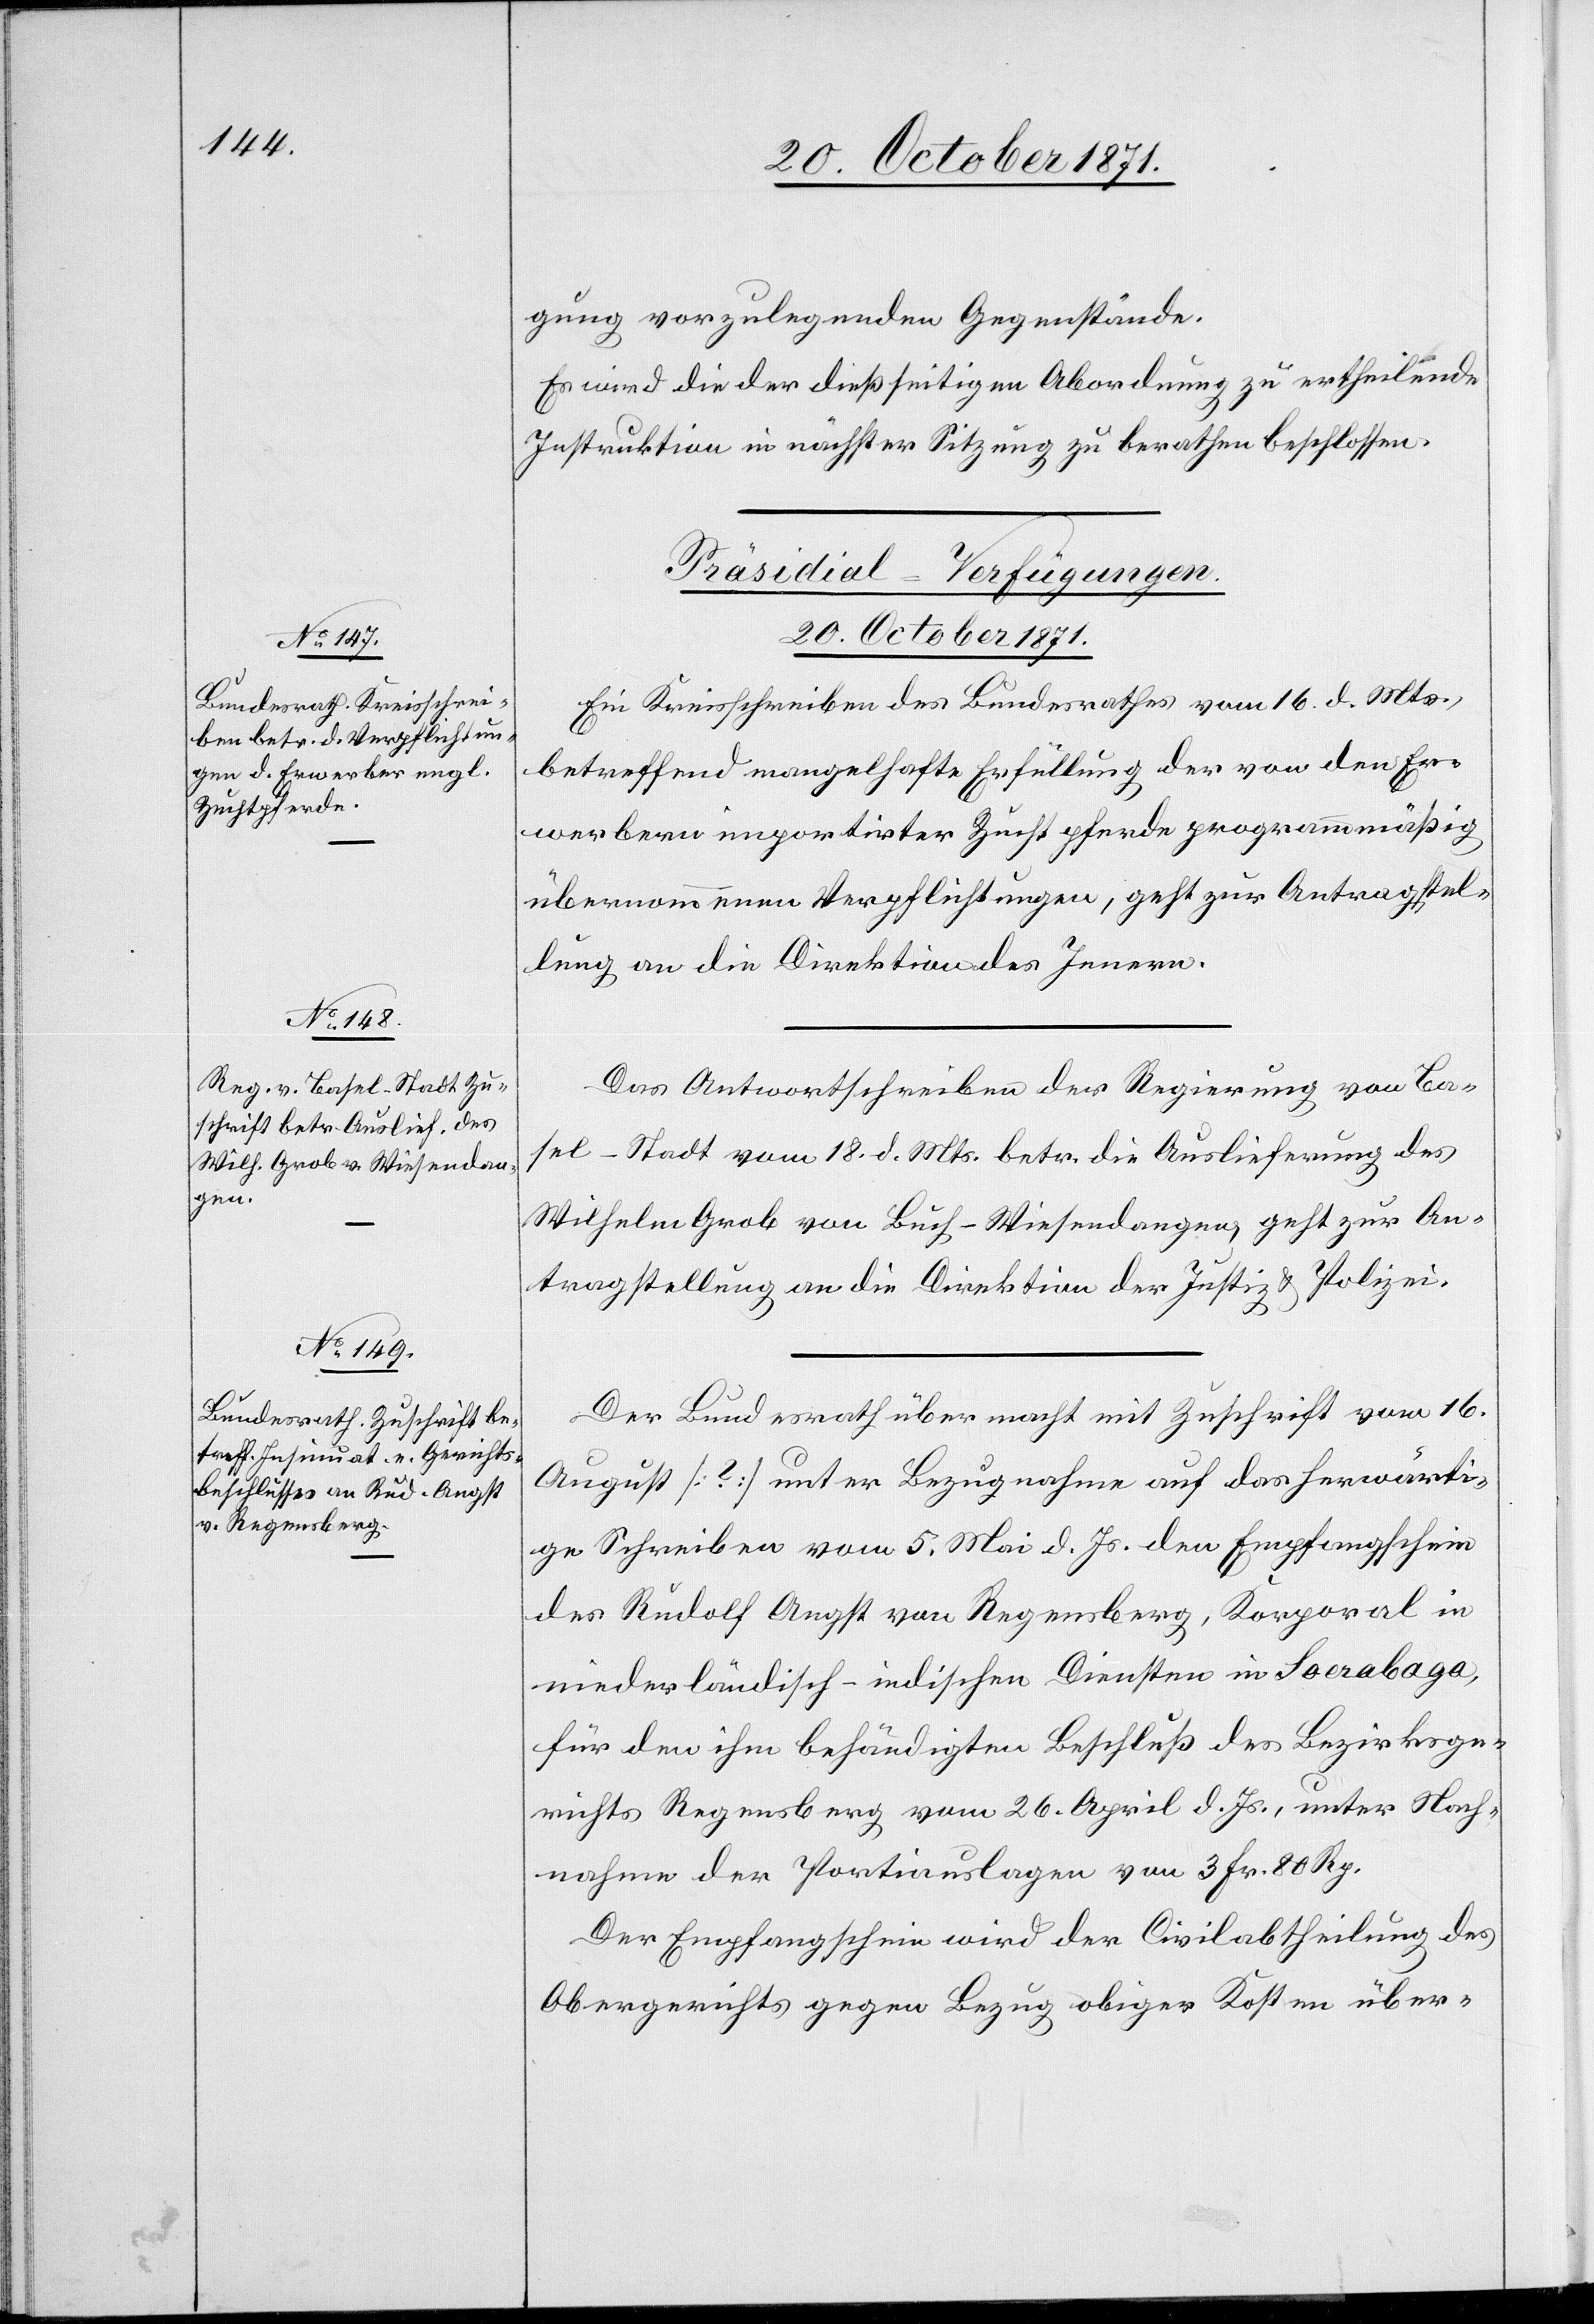
gung vorzulegenden Gegenstände.
Es wird die der dießseitigen Abordnung zu ertheilende
Instruktion in nächster Sitzung zu berathen beschlossen.
[Präsidial-Verfügungen.
20. October 1871.]
Ein Kreisschreiben des Bundesrathes vom 16. d. Mts.,
betreffend mangelhafte Erfüllung der von den Er¬
werbern importirter Zuchtpferde programmmäßig
übernommenen Verpflichtungen, geht zur Antragstel¬
lung an die Direktion des Innern.
Das Antwortschreiben der Regierung von Ba¬
sel-Stadt vom 18. d. Mts. betr. die Auslieferung des
Wilhelm Grob von Buch-Wiesendangen, geht zur An¬
tragstellung an die Direktion der Justiz & Polizei.
Der Bundesrath übermacht mit Zuschrift vom 16.
August [?] unter Bezugnahme auf das herwärti¬
ge Schreiben vom 5. Mai d. Js. den Empfangsschein
des Rudolf Angst von Regensberg, Korporal in
niederländisch-indischen Diensten in Soerabaya,
für den ihm behändigten Beschluß des Bezirksge¬
richts Regensberg vom 26. April d. Js., unter Nach¬
nahme der Portiauslagen von 3 Fr. 80 Rp.
Der Empfangsschein wird der Civilabtheilung des
Obergerichts gegen Bezug obiger Kosten über-